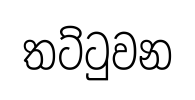
තට්ටුවන